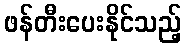
ဖန်တီးပေးနိုင်သည့်